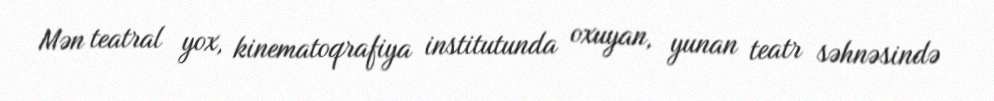
Mən teatral yox, kinematoqrafiya institutunda oxuyan, yunan teatr səhnəsində